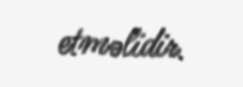
etməlidir.